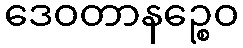
ဒေဝတာနဉ္စေဝ